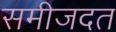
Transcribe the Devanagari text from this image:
समीजदत